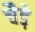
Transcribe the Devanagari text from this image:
चैडे़